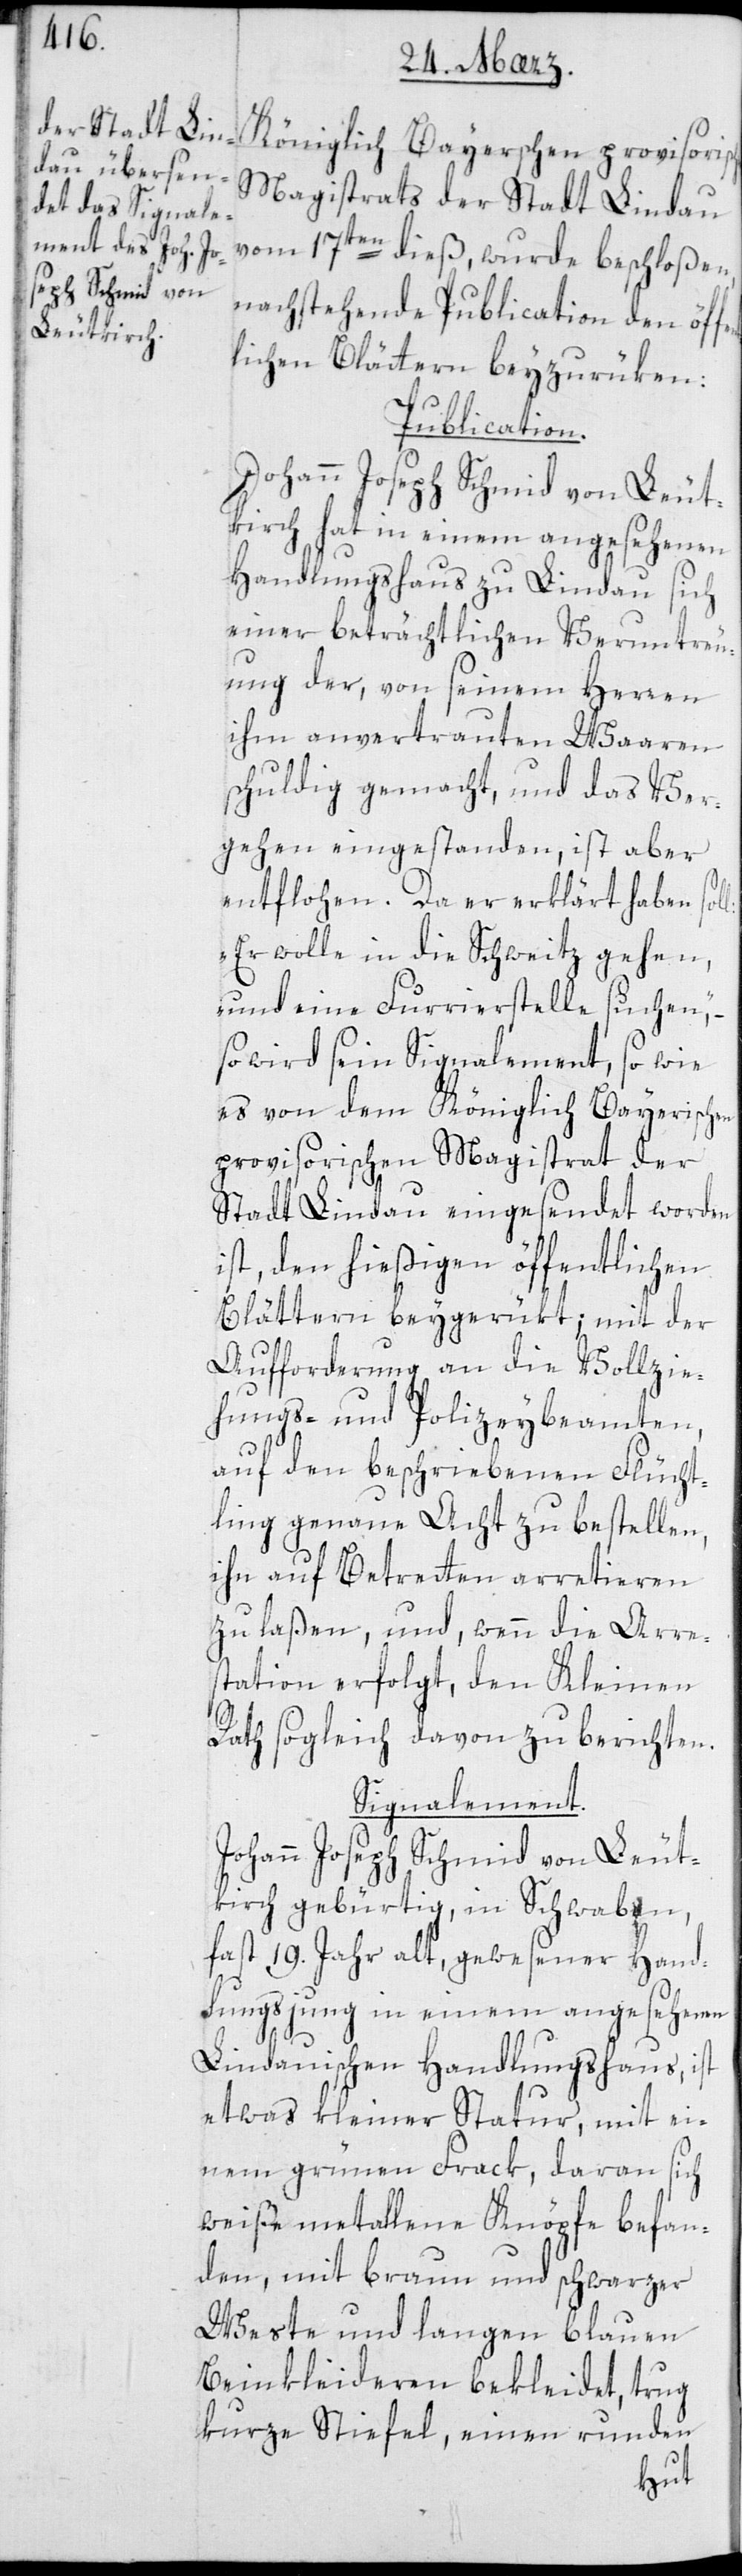
Königlich Bayerschen provisorisc¬
Magistrats der Stadt Lindau
vom 17ten dieß, wurde beschloßen,
nachstehende Publication den öffe¬
lichen Blättern beyzurüken:
Publication.
Johann Joseph Schmid von Leut¬
kirch hat in einem angesehenen
Handlungshaus zu Lindau sich
einer beträchtlichen Veruntreu¬
ung der, von seinem Herren
ihm anvertrauten Waaren
schuldig gemacht, und das Ver¬
gehen eingestanden, ist aber
entflohen. Da er erklärt haben sol¬
„Er wolle in die Schweitz gehen,
und eine Furrierstelle suchen“,
so wird sein Signalement, so wie
es von dem Königlich Bayerischen
provisorischen Magistrat der
Stadt Lindau eingesendet worden
ist, den hießigen öffentlichen
Blättern beygerükt; mit der
Aufforderung an die Vollzie¬
hungs- und Polizeybeamten,
auf den beschriebenen Flücht¬
ling genaue Acht zu bestellen,
ihn auf Betreten arretieren
zu laßen, und wenn die Arre¬
station erfolgt, dem Kleinen
Rath sogleich davon zu berichten.
Signalement.
Johann Joseph Schmid von Leut¬
kirch gebürtig, in Schwaben,
fast 19. Jahr alt, gewesener Hand¬
lungsjung in einem angesehenen
Lindauischen Handlungshaus, ist
etwas kleiner Statur, mit ei¬
nem grünen Frack, daran sich
weiße metallene Knöpfe befan¬
den, mit braun und schwarzer
Weste und langen blauen
Beinkleideren bekleidet, trug
kurze Stiefel, einen runden
l: